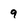
Character: 9